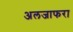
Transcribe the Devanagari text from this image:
अलजाफरा